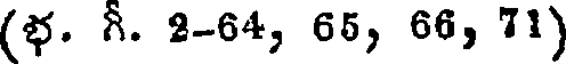
(భ. గీ. 2-64, 65, 66, 71)